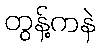
တွန့်ကနဲ